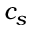
c _ { s }